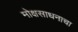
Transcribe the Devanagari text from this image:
मोक्षसाधनाचा